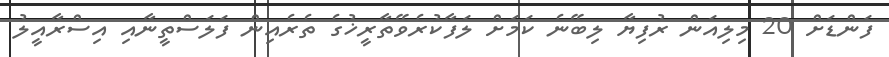
ފަންޑަށް 20 މިލިއަން ރުފިޔާ ލިބޭނެ ކަމަށް ލަފާކުރެވޭތާރީޚުގެ ތެރެއިން ފަލަސްތީނާއި އިސްރާއީލު